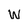
Character: w